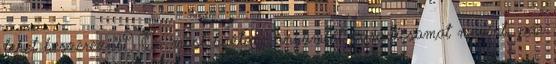
lehet beszerezni? Én most hoztam anyumtól paradicsomot megint, pár